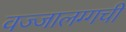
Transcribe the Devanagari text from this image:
वज्‍जालग्गची